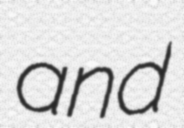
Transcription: and